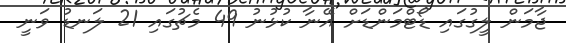
ޖާމަން ލީގުގައި ޑޯޓްމަންޑަށް އޭނާ ކުޅުނު 49 މެޗުގައި 21 ލަނޑު ވަނީ